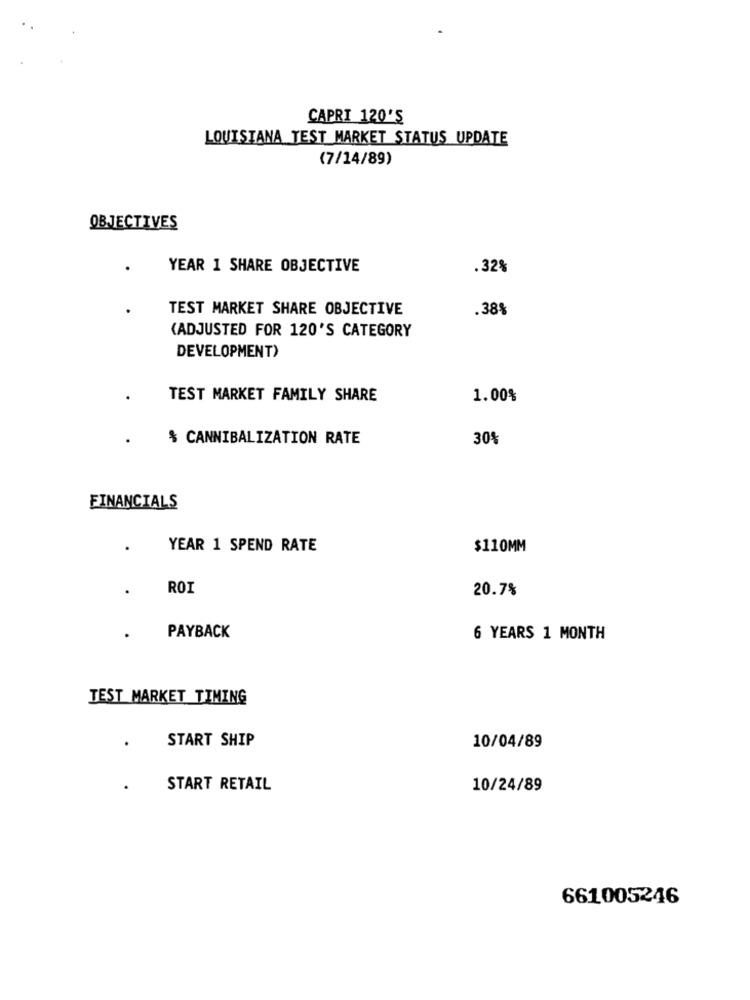
CAPRI 120'S
LOUISIANA TEST MARKET STATUS UPDATE
(7/14/89)
OBJECTIVES
YEAR 1 SHARE OBJECTIVE
.32%
TEST MARKET SHARE OBJECTIVE
.389
(ADJUSTED FOR 120'S CATEGORY
DEVELOPMENT)
TEST MARKET FAMILY SHARE
1.00%
$ CANNIBALIZATION RATE
30%
FINANCIALS
YEAR 1 SPEND RATE
$110MM
.
ROI
20.7%
PAYBACK
6 YEARS 1 MONTH
TEST MARKET TIMING
START SHIP
.
10/04/89
.
START RETAIL
10/24/89
661005246